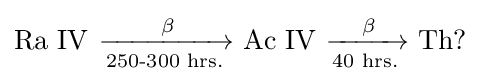
\mathrm {Ra\ IV} _{}^{}\ {\xrightarrow[{\text{250-300 hrs.}}]{{\text{ }}\mathrm {\beta } }}\mathrm {\ Ac\ IV\ } {\xrightarrow[{\text{40 hrs.}}]{{\text{ }}\mathrm {\beta } }}\mathrm {\ Th?}